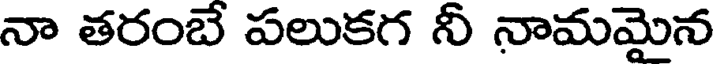
నా తరంబే పలుకగ నీ నామమైన